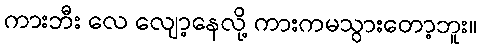
ကားဘီး လေ လျော့နေလို့ ကားကမသွားတော့ဘူး။